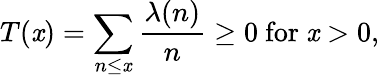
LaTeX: T(\mathit{x})=\sum_{n\leq\mathit{x}}{\frac{{\lambda(n)}}{{n}}}\geq0{\mathrm{{~for~}}}\mathit{x}>0,